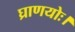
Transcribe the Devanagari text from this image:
घ्राणयोः।